Vaccination in Bombay 1856-1862 - 1856-1862
Year: 1856
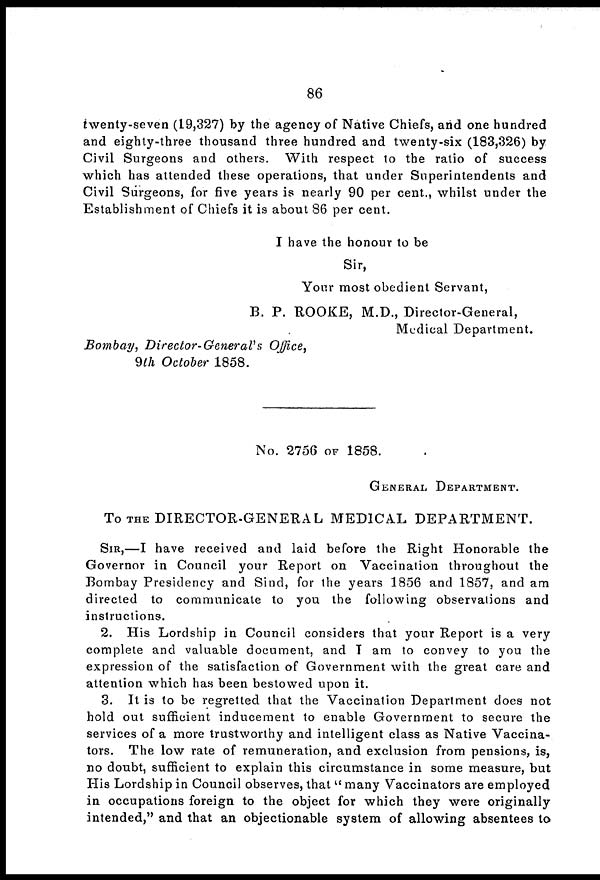
86
twenty-seven (19,327) by the agency of Native Chiefs, and one hundred
and eighty-three thousand three hundred and twenty-six (183,326) by
Civil Surgeons and others. With respect to the ratio of success
which has attended these operations, that under Superintendents and
Civil Surgeons, for five years is nearly 90 per cent., whilst under the
Establishment of Chiefs it is about 86 per cent.
I have the honour to be
Sir,
Your most obedient Servant,
B. P. ROOKE, M.D., Director-General,
Medical Department.
Bombay, Director-General's
Office,
9th October 1858.
No. 2756 OF 1858.
GENERAL DEPARTMENT.
To THE DIRECTOR-GENERAL MEDICAL DEPARTMENT.
SIR,—I have received and laid before the Right Honorable the
Governor in Council your Report on Vaccination throughout the
Bombay Presidency and Sind, for the years 1856 and 1857, and am
directed to communicate to you the following observations and
instructions.
2. His Lordship in Council considers that your Report is a very
complete and valuable document, and I am to convey to you the
expression of the satisfaction of Government with the great care and
attention which has been bestowed upon it.
3. It is to be regretted that the Vaccination Department does not
hold out sufficient inducement to enable Government to secure the
services of a more trustworthy and intelligent class as Native Vaccina-
tors. The low rate of remuneration, and exclusion from pensions, is,
no doubt, sufficient to explain this circumstance in some measure, but
His Lordship in Council observes, that " many Vaccinators are employed
in occupations foreign to the object for which they were originally
intended," and that an objectionable system of allowing absentees to